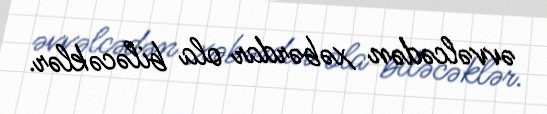
əvvəlcədən xəbərdar ola biləcəklər.